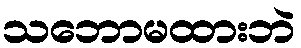
သဘောမထားဘဲ